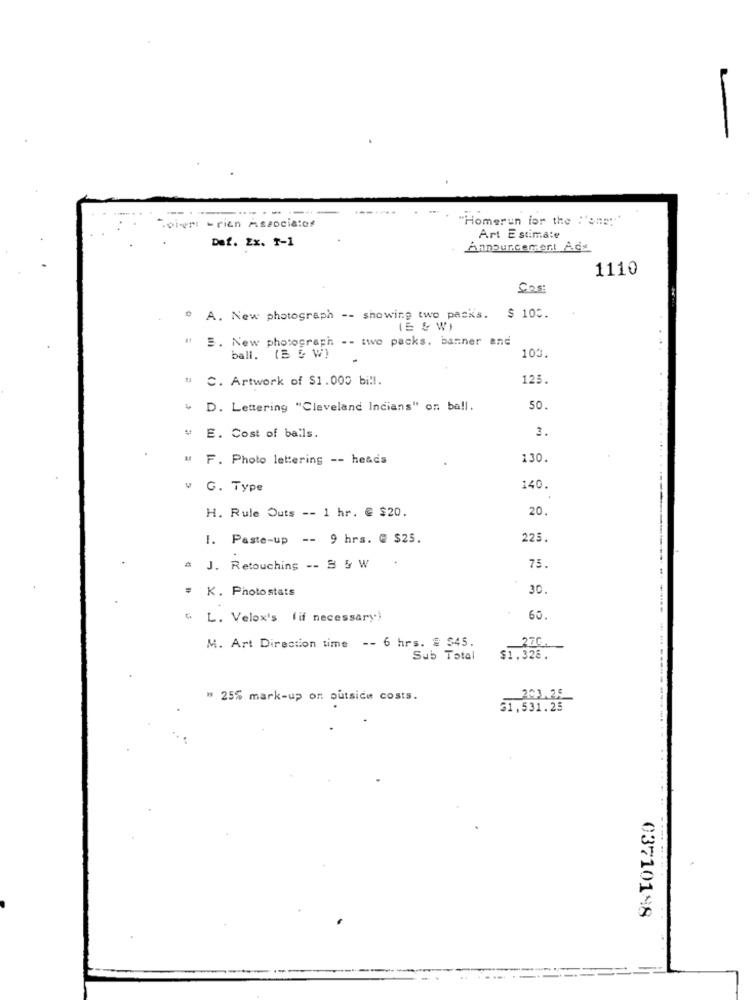
-
.Di-er - rien Associatof
"Homerun for the :'one:"
Def. Ex. T-1
Art Estimate
Annourcemert Ads
1110
Sos:
º A. New photograph -- showing two packs. $ 100.
E. New photograph -- two packs. banner and
ball. (B 5 W)
100.
" C. Artwork of $1.000 bi !!.
125.
4 D. Lettering "Cleveland Indians" or: ball.
50.
3.
E. Cost of balls.
M F. Photo lettering -- heads
130.
v G. Type
140.
H. Rule Outs -- 1 hr. @ $20.
20.
I. Paste-up -- 9 hrs. @ $25.
225.
J. Retouching -- B & W
75.
# K. Photostats
30.
5. L. Velox's (if necessary)
60.
270.
M. Art Direction time -- 6 hrs. # $45.
Sub Total
$1.328.
" 25% mark-up on putsice costs.
203.25
51,531.25
---.
- ....
03710198